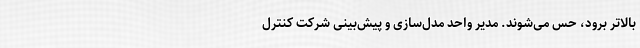
بالاتر برود، حس می‌شوند. مدیر واحد مدل‌سازی و پیش‌بینی شرکت کنترل